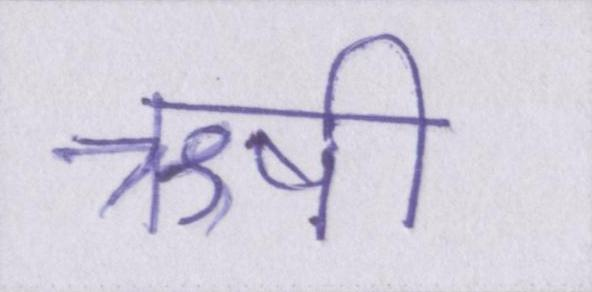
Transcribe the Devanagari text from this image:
ऋषी